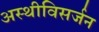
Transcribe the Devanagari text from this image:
अस्थीविसर्जन